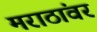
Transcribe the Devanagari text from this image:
मराठांवर